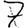
Digit: 7